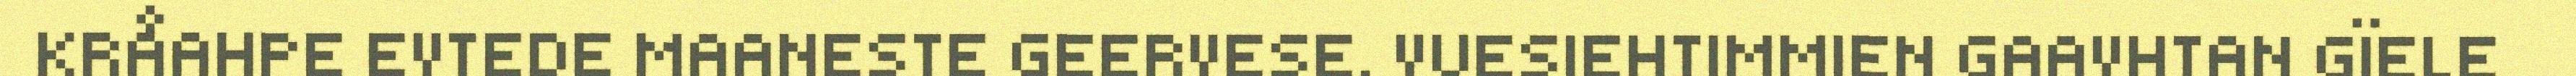
KRÅAHPE EVTEDE MAANESTE GEERVESE. VUESIEHTIMMIEN GAAVHTAN GÏELE